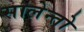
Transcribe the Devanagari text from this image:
सालेन्तो